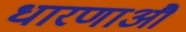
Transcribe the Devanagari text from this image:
धारणाऔ